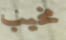
مخيب